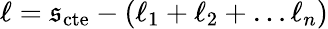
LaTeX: \ell=\mathfrak{s}_{\mathrm{{cte}}}-(\ell_{1}+\ell_{2}+\dots\ell_{n})